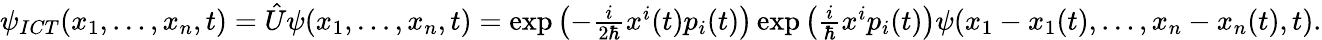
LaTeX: \begin{array}{r}{\psi_{ICT}(x_{1},\dots,x_{n},t)=\hat{U}\psi(x_{1},\dots,x_{n},t)=\exp\left(-\frac{i}{2\hbar}x^{i}(t)p_{i}(t)\right)\exp\left(\frac{i}{\hbar}x^{i}p_{i}(t)\right)\psi(x_{1}-x_{1}(t),\dots,x_{n}-x_{n}(t),t).}\end{array}